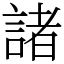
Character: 諸